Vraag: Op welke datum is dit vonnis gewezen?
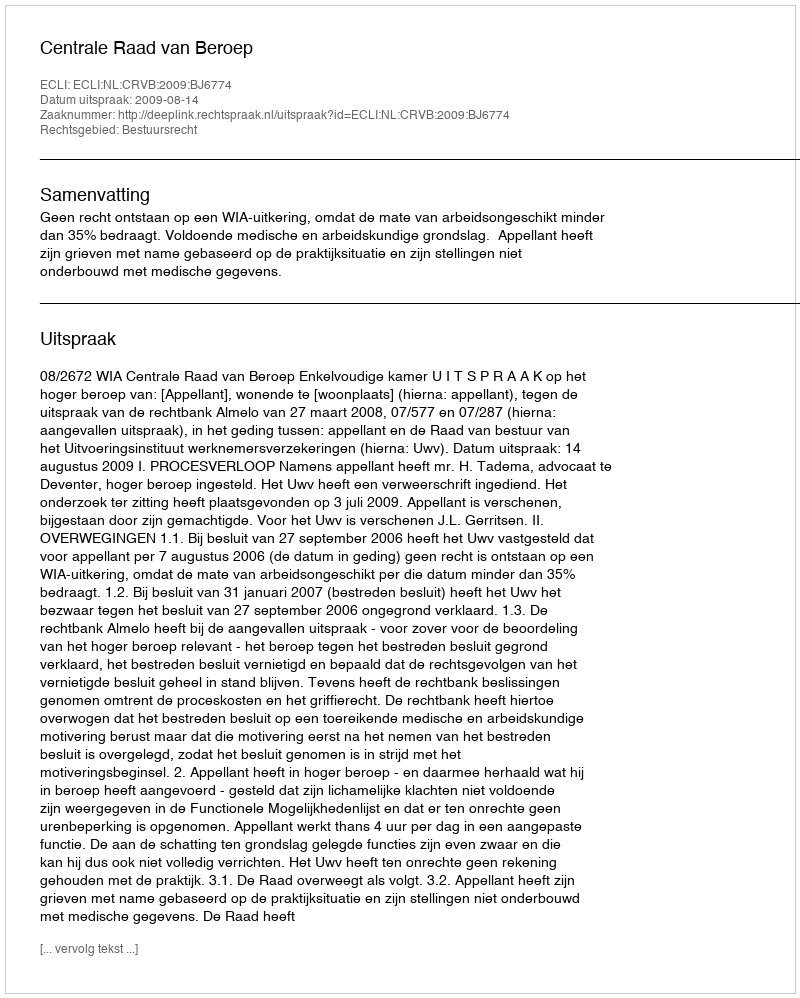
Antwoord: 2009-08-14